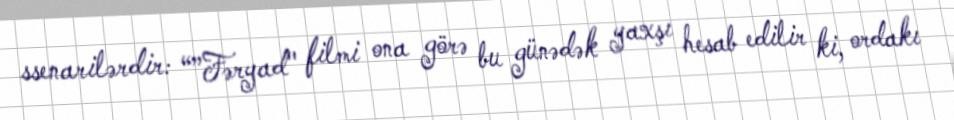
ssenarilərdir: “”Fəryad" filmi ona görə bu günədək yaxşı hesab edilir ki, ordakı